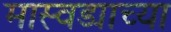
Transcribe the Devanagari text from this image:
मास्वड्याच्या